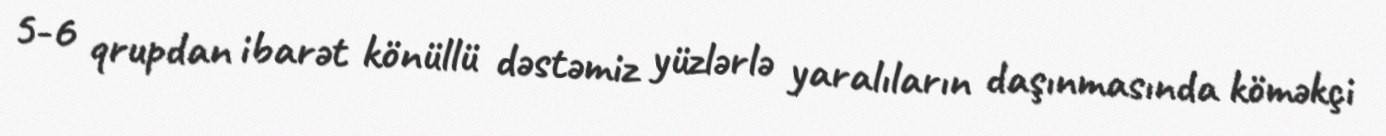
5-6 qrupdan ibarət könüllü dəstəmiz yüzlərlə yaralıların daşınmasında köməkçi